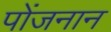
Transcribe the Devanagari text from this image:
पोंजनान